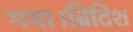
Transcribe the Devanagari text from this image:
गया।ब्रिटिश